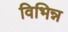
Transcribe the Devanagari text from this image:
विभिन्न